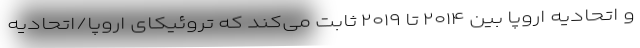
و اتحادیه اروپا بین ۲۰۱۴ تا ۲۰۱۹ ثابت می‌کند که تروئیکای اروپا/اتحادیه